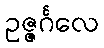
ဥဇ္ဇင်္ဂလေ